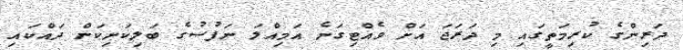
ދަރިންގެ ކުރިމަތީގައި މި ދަރަޖަ އަށް ވެއްޓިގަނެ އަމިއްލަ ނަފުސުގެ ބަލިކަށިކަން ދައްކައި